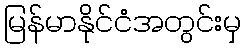
မြန်မာနိုင်ငံအတွင်းမှ